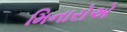
મિનારોએ